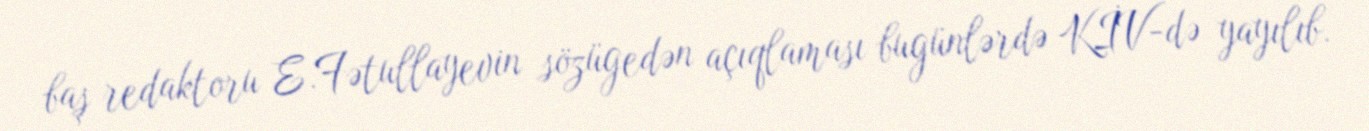
baş redaktoru E.Fətullayevin sözügedən açıqlaması bugünlərdə KİV-də yayılıb.